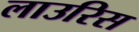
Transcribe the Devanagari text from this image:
लाउरिस